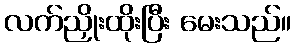
လက်ညှိုးထိုးပြီး မေးသည်။